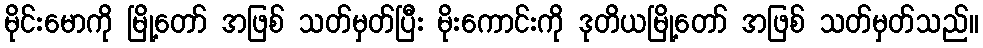
မိုင်းမောကို မြို့တော် အဖြစ် သတ်မှတ်ပြီး မိုးကောင်းကို ဒုတိယမြို့တော် အဖြစ် သတ်မှတ်သည်။